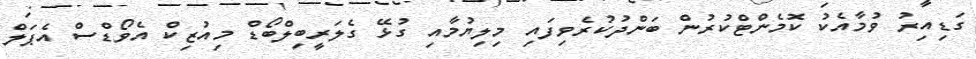
ގަޑިއިރު ވުމާއެކު ކޮމެންޓްކުރުން ބަންދުކުރެވިފައި މިލިޔުމާއި ގުޅޭ ގެލަރީބިލްބޯޑް މިއުޒިކް އެވޯޑްސް އެޕަލް